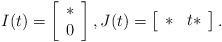
LaTeX: \begin{align*}I(t) = \left[\begin{array}{c}\ast\\0\end{array}\right], J(t) = \left[\begin{array}{cc}\ast & t\ast\end{array}\right].\end{align*}